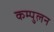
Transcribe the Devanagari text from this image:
कम्पुलन